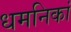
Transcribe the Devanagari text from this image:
धमनिकां